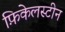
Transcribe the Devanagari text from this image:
फ़िकेलस्टीन